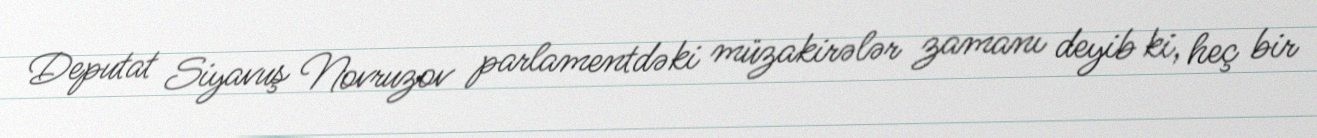
Deputat Siyavuş Novruzov parlamentdəki müzakirələr zamanı deyib ki, heç bir